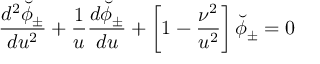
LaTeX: { \frac { d ^ { 2 } \breve { \phi } _ { \pm } } { d u ^ { 2 } } } + { \frac { 1 } { u } } { \frac { d \breve { \phi } _ { \pm } } { d u } } + \left[ 1 - { \frac { \nu ^ { 2 } } { u ^ { 2 } } } \right] \breve { \phi } _ { \pm } = 0